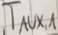
Text: TAUX,1